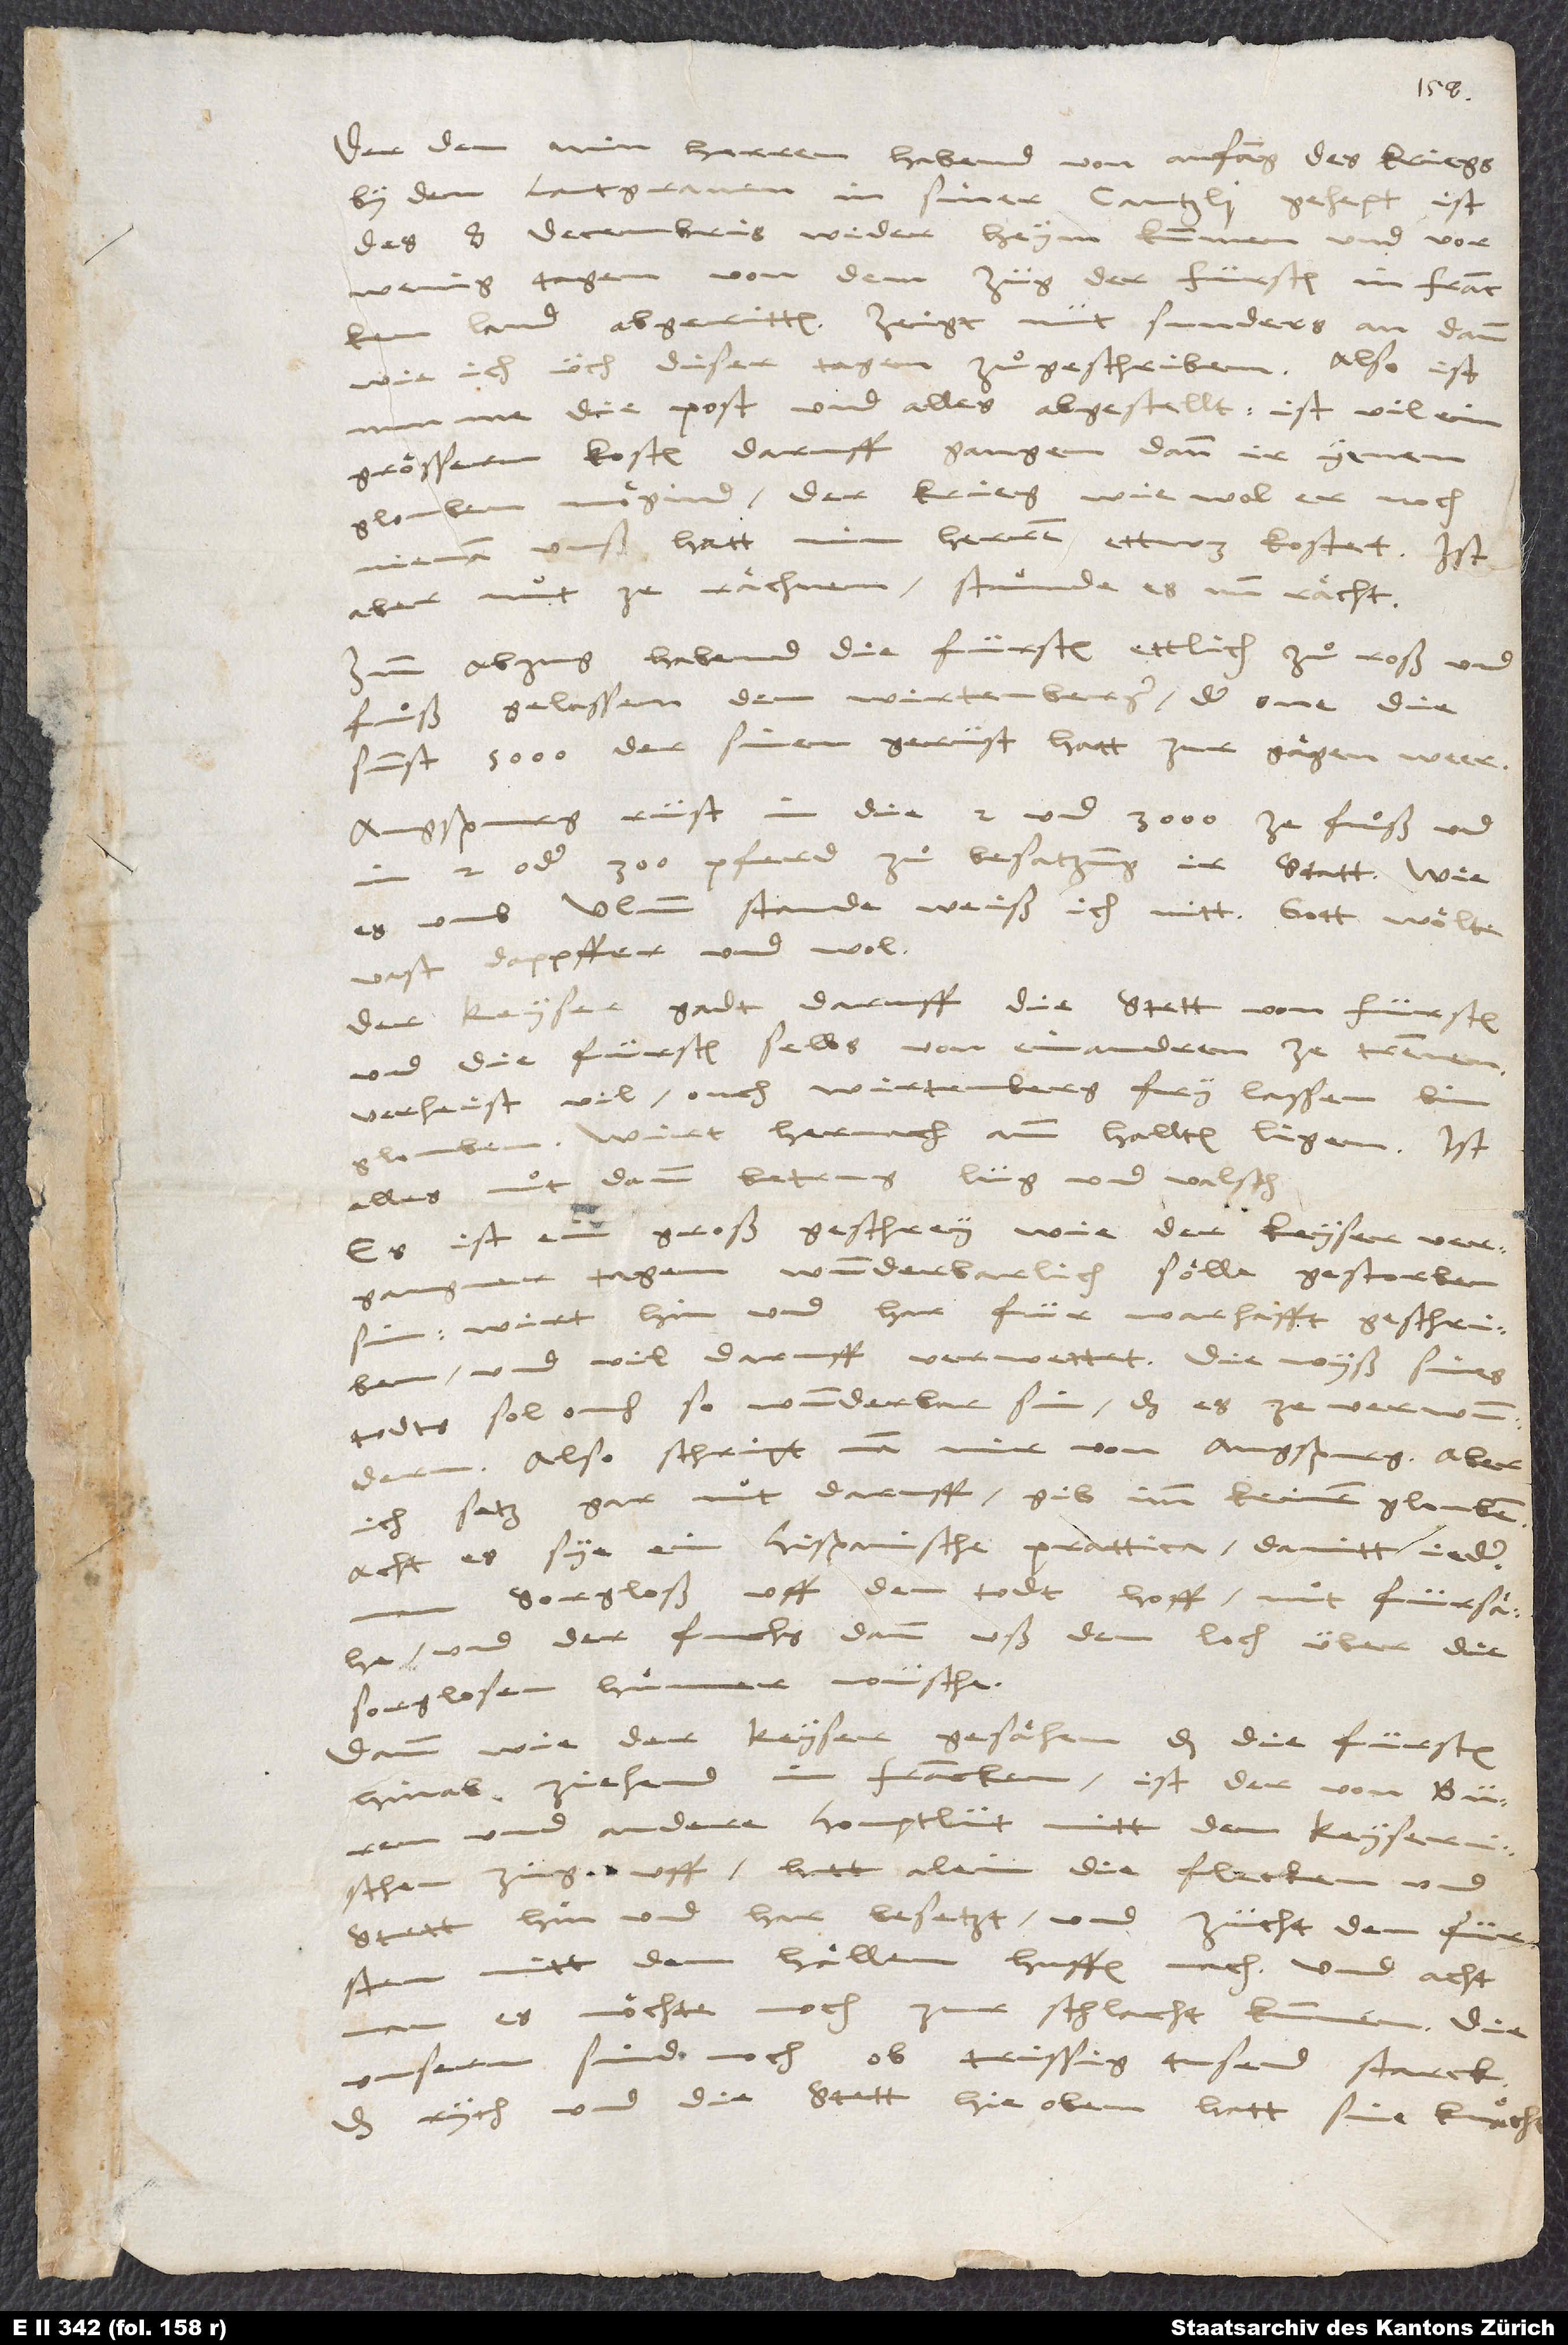
Der, den min herren habend von anfang des kriegs
by dem lantgraven in siner cantzli gehept, ist
des 8. decembris wider heym kummen und vor
wenig tagen von dem züg der fürsten in Franckenland
abgeritten. Zeigt nüt sunders an, dann
wie ich üch diser tagen zuͦgeschriben.
nunme die post und alles abgestellt. Ist vil ein
groͤssern kosten daruff gangen, dann ir yenen
glouben moͤgind. Der krieg, wiewol er noch
nienan uuß, hatt min herren ettwas kostet! Ist
aber nut ze raͤchnen, stuͤnde es nun raͤcht.
Zum abzug habend die fürsten ettlich zuͦ roß und
fuͦß gelassen dem Wirtenberger, der one die
sunst 5’000 der sinen gerüst hatt zur gaͤgenweer.
Augsburg rüst in die 2 und 3’000 ze fuͦß und
in 2 oder 300 pferd zuͦ besatzung ir statt. Wie
es umb Ulmm stande, weiß ich nitt: Gott woͤlte
vast dappffer und wol.
Der keyser gadt daruff, die stett von fürsten
und die fürsten selbs von einandren ze trennen.
Verheist vil; ouch Wirtenberg fry lassen bim
glouben. Wirt hernach amm hallten ligen. Ist
alles nut dann betrug, lüg und valsch!
Es ist ein groß geschrey, wie der keyser vergangner
tagen wunderbarlich soͤlle gestorben
sin. Wirt hin und har für warhafft geschriben
und vil daruff verwettet. Die wyß sines
todts sol ouch so wunderbar sin, das es ze verwundern.
Also schript man mir von Augspurg, aber
ich setz gar nut daruff; gib imm keinen glouben.
Acht, es sye ein hispanische prattica, damitt jederman
sorgloß uff den todt hoff, nut fürsaͤhe
und der fuchs dann uß dem loch über die
sorglosen huͤner wüsche.
Dann wie der keyser gesaͤhen, das die fürsten
hinab ziehend in Francken, ist der von Büren
andere houptlüt mitt dem keyserischen
züg uff. Hatt alein die flecken und
stett hin und har besetzt und zücht den fürsten
mitt dem haͤllen huffen nach. Und acht
es moͤchte noch zur schlacht kummen. Die
unsern sind noch ob trissig tusend starck.
Das rych und die stett hie oben hatt sine knaͤcht